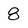
Character: 8